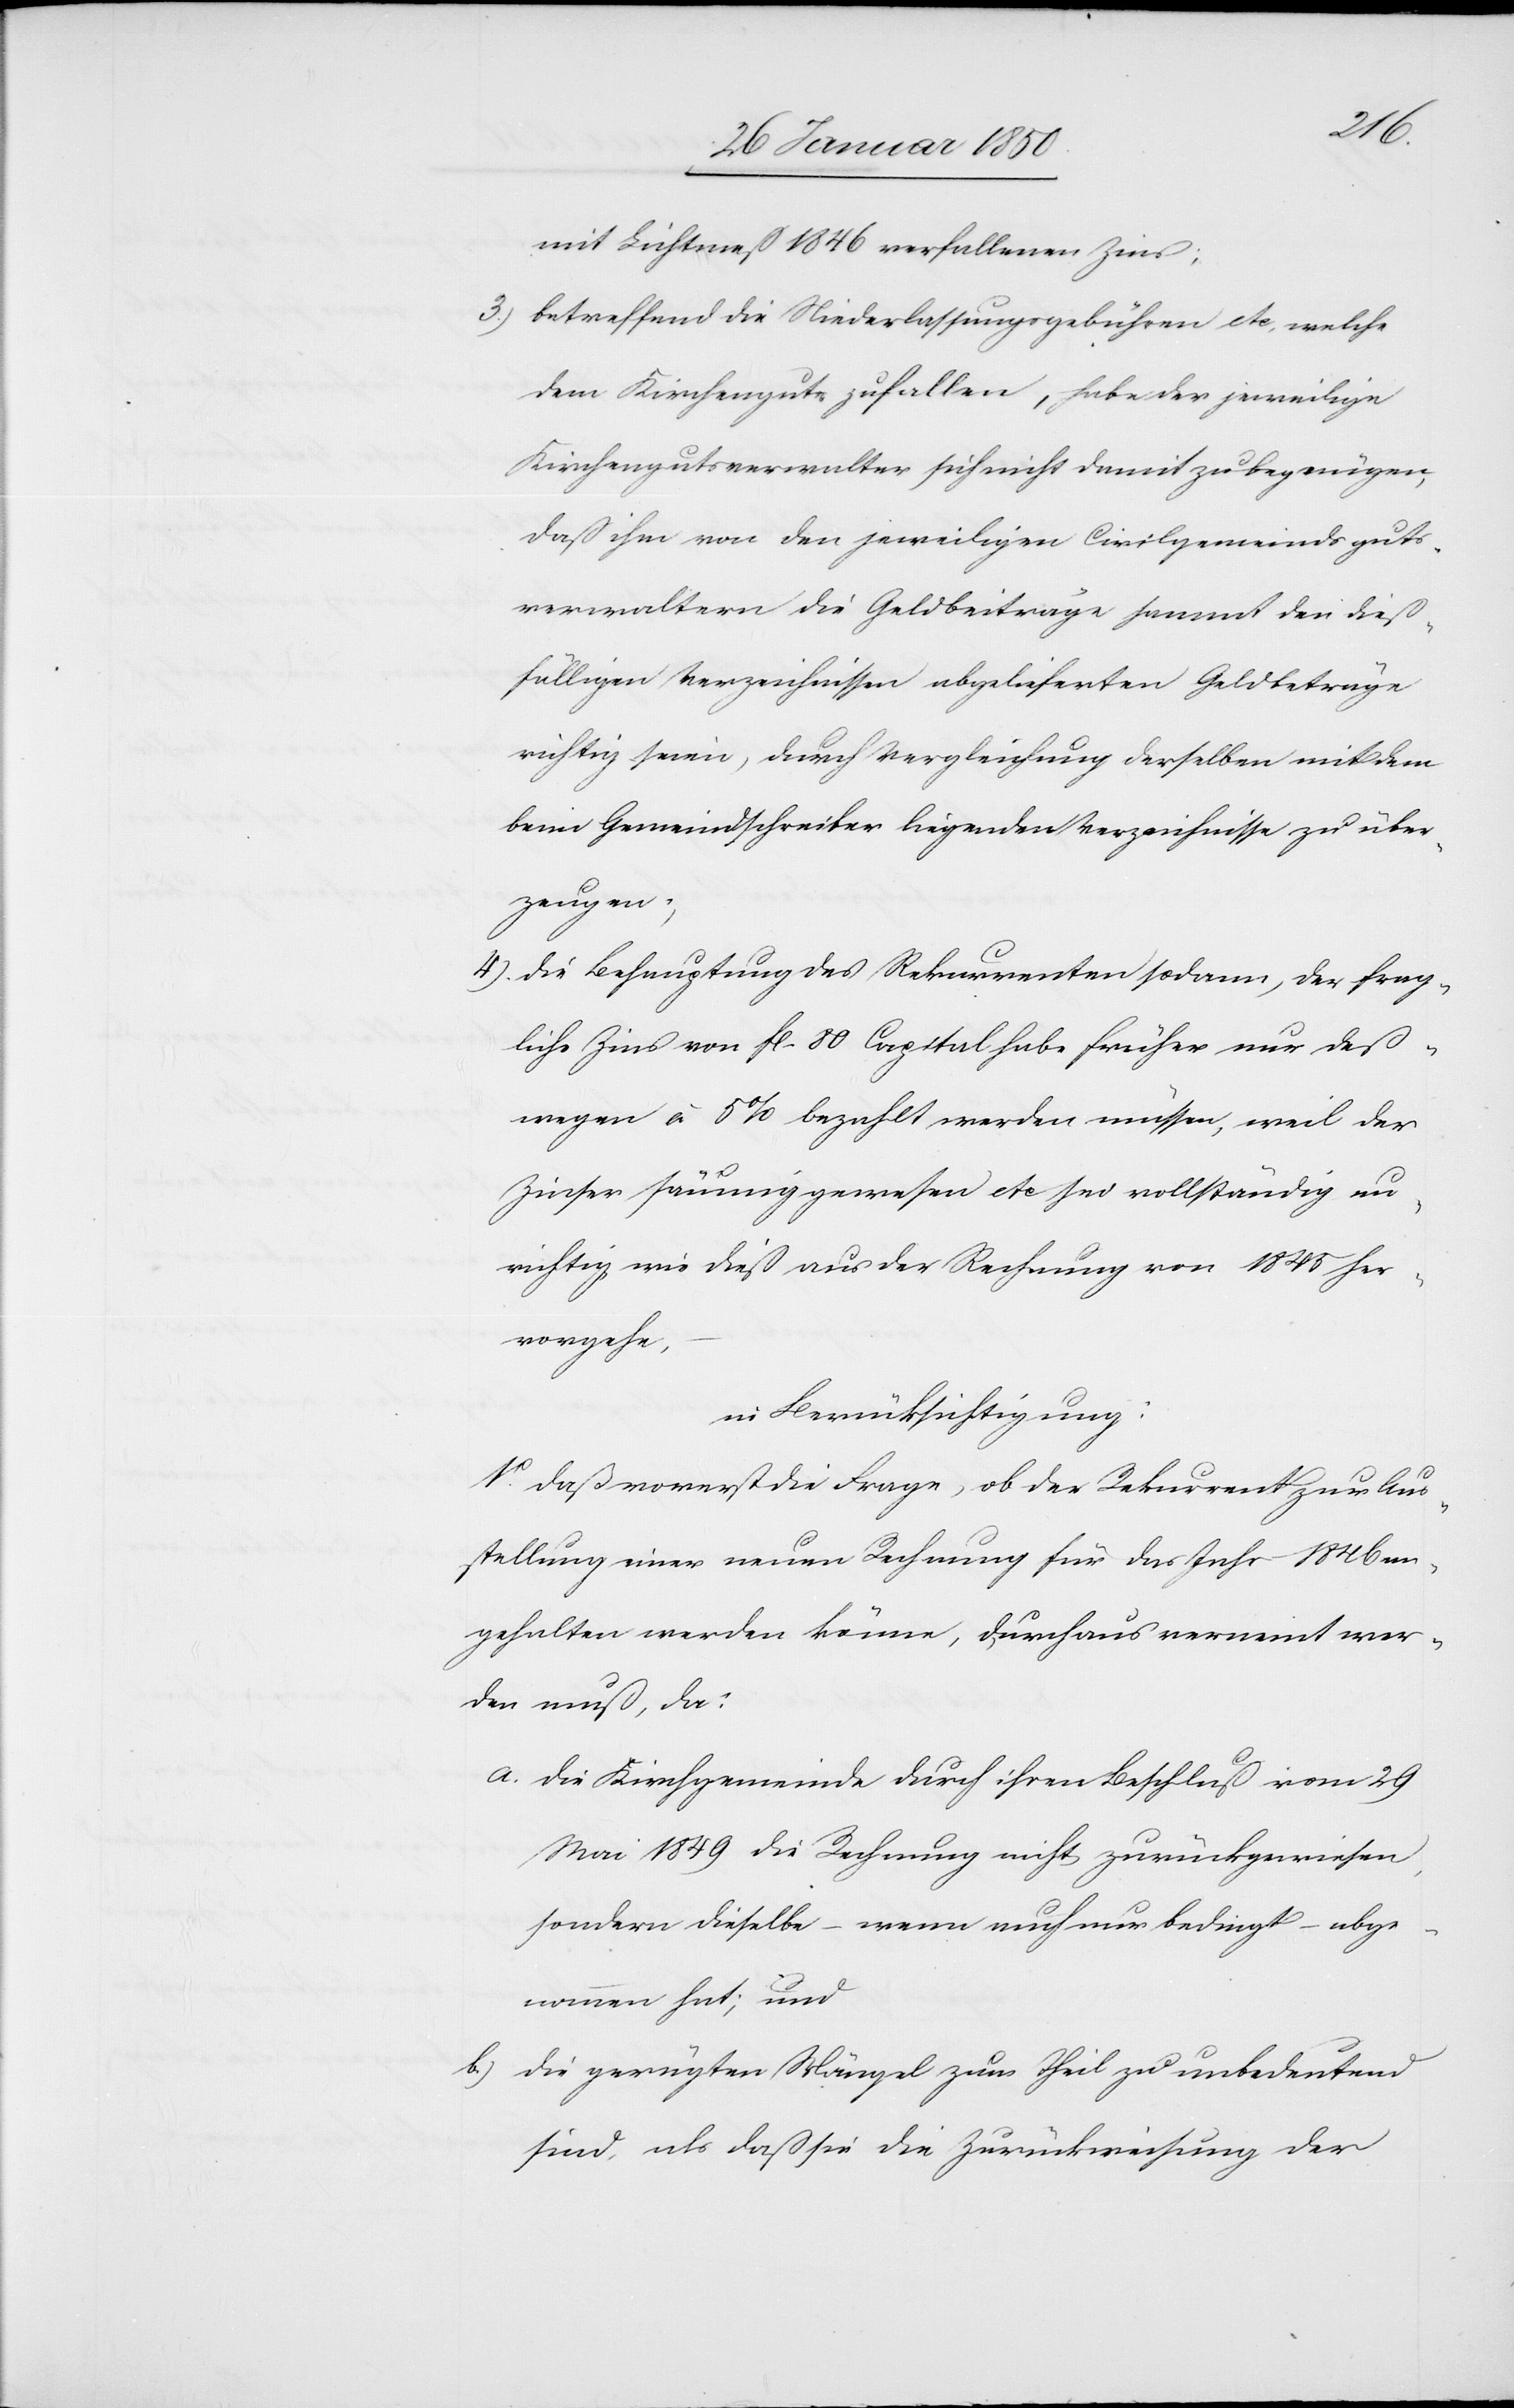
mit Lichtmeß 1846 verfallenen Zins;
3.) betreffend die Niederlassungsgebühren etc., welche
dem Kirchengute zufallen, habe der jeweilige
Kirchengutsverwalter sich nicht damit zu begnügen,
daß ihm von den jeweiligen Civilgemeindsguts¬
verwaltern die Geldbeiträge sammt den dieß¬
fälligen Verzeichnissen abgelieferten Geldbeträge
richtig seien, durch Vergleichung derselben mit dem
beim Gemeindschreiber liegenden Verzeichnisse zu über¬
zeugen;
4.) die Behauptung des Rekurrenten sodann, der frag¬
liche Zins von fl. 80 Capital habe früher nur deß¬
wegen à 5 % bezahlt werden müssen, weil der
Zinser säumig gewesen etc sei vollständig un¬
richtig wie dieß aus der Rechnung von 1845 her¬
vorgehe,
in Berücksichtigung:
1o. Daß vorerst die Frage, ob der Rekurrent zur Aus¬
stellung einer neuen Rechnugn für das Jahr 1846 an¬
gehalten werden könne, durchaus verneint wer¬
den muß, da:
a. Die Kirchgemeinde durch ihren Beschluß vom 29
Mai 1849 die Rechnung nicht zurückgewiesen,
sondern dieselbe – wenn auch nur bedingt – abge¬
nommen hat; und
b.) Die gerügten Mängel zum Theil zu unbedeutend
sind, als daß sie die Zurückweisung der